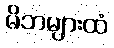
မိဘများထံ